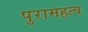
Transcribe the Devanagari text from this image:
पुरामहत्व